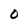
Character: O